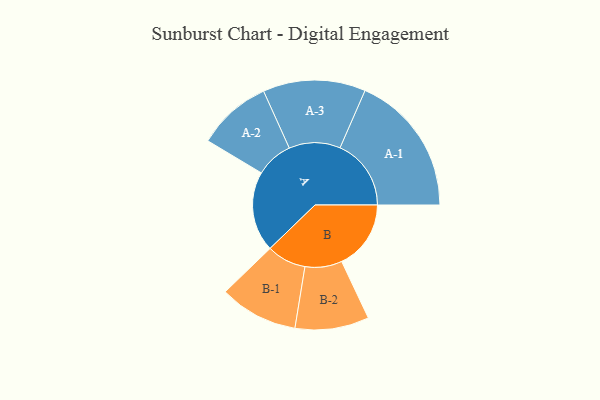
{"axis": {"x": "Segment", "y": "Value"}, "legend": ["", "A", "B"], "data": [{"x": "A", "y": 308, "type": ""}, {"x": "B", "y": 266, "type": ""}, {"x": "A-1", "y": 273, "type": "A"}, {"x": "A-2", "y": 143, "type": "A"}, {"x": "A-3", "y": 197, "type": "A"}, {"x": "B-1", "y": 151, "type": "B"}, {"x": "B-2", "y": 142, "type": "B"}]}